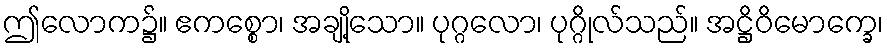
ဤလောက၌။ ဧကစ္စော၊ အချို့သော။ ပုဂ္ဂလော၊ ပုဂ္ဂိုလ်သည်။ အဋ္ဌိဝိမောက္ခေ၊